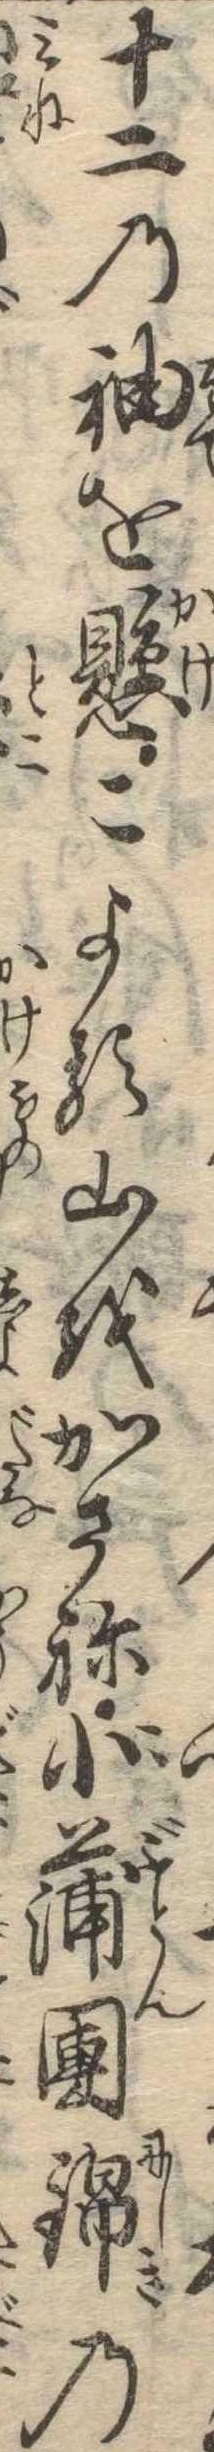
十二の袖を懸こよる山をかさね小蒲団錦の